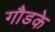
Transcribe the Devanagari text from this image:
गौडके